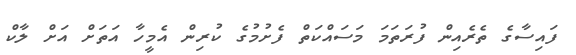
ފައިސާގެ ތެރެއިން ފުރަތަމަ މަސައްކަތް ފެށުމުގެ ކުރިން އެމީހާ އަތަށް އަށް ލާކް